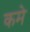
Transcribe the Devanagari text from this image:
कमे